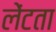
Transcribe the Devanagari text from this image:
लेंटता